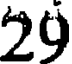
29